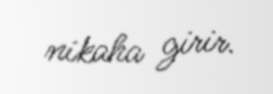
nikaha girir.